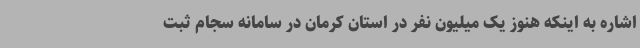
اشاره به اینکه هنوز یک میلیون نفر در استان کرمان در سامانه سجام ثبت